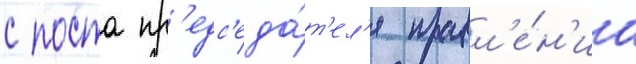
с поста пр'едс'еда́т'ел'я правл'е́н'иа